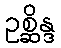
ဥစ္ဆိန္ဒ